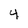
Character: 4